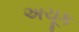
અચૂક